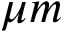
\mu m